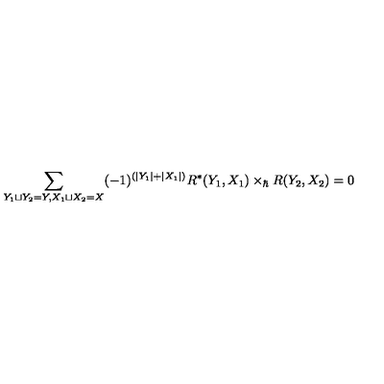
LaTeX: \sum _ { Y _ { 1 } \sqcup Y _ { 2 } = Y , X _ { 1 } \sqcup X _ { 2 } = X } ( - 1 ) ^ { ( | Y _ { 1 } | + | X _ { 1 } | ) } R ^ { * } ( Y _ { 1 } , X _ { 1 } ) \times _ { \hbar } R ( Y _ { 2 } , X _ { 2 } ) = 0